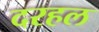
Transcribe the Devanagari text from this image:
दरहल